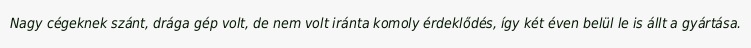
Nagy cégeknek szánt, drága gép volt, de nem volt iránta komoly érdeklődés, így két éven belül le is állt a gyártása.